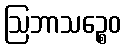
ဩဘာသဉ္စေဝ